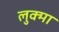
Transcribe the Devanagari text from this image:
लुक्मा